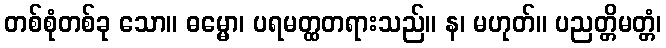
တစ်စုံတစ်ခု သော။ ဓမ္မော၊ ပရမတ္ထတရားသည်။ န၊ မဟုတ်။ ပညတ္တိမတ္တံ၊